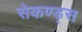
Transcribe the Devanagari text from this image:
सेकण्ड्स